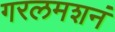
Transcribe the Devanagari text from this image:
गरलमशनं